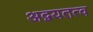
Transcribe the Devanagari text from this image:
अद्वयतत्व